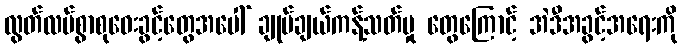
လွတ်လပ်စွာစုဝေးခွင့်တွေအပေါ် ချုပ်ချယ်ကန့်သတ်မှု တွေကြောင့် အဲဒီအခွင့်အရေးကို